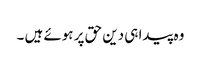
وہ پیدا ہی دین حق پر ہوئے ہیں ۔